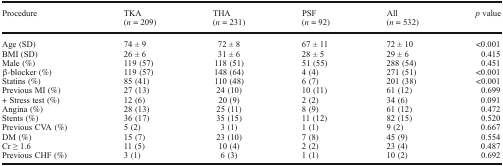
| Procedure | TKA(n = 209) | THA(n = 231) | PSF(n = 92) | All(n = 532) | p value |
 | --- | --- | --- | --- | --- | --- |
 | Age (SD) | 74 ± 9 | 72 ± 8 | 67 ± 11 | 72 ± 10 | <0.001 |
 | BMI (SD) | 26 ± 6 | 31 ± 6 | 28 ± 5 | 29 ± 6 | 0.415 |
 | Male (%) | 119 (57) | 118 (51) | 51 (55) | 288 (54) | 0.451 |
 | β-blocker (%) | 119 (57) | 148 (64) | 4 (4) | 271 (51) | <0.001 |
 | Statins (%) | 85 (41) | 110 (48) | 6 (7) | 201 (38) | <0.001 |
 | Previous MI (%) | 27 (13) | 24 (10) | 10 (11) | 61 (12) | 0.699 |
 | + Stress test (%) | 12 (6) | 20 (9) | 2 (2) | 34 (6) | 0.091 |
 | Angina (%) | 28 (13) | 25 (11) | 8 (9) | 61 (12) | 0.472 |
 | Stents (%) | 36 (17) | 35 (15) | 11 (12) | 82 (15) | 0.520 |
 | Previous CVA (%) | 5 (2) | 3 (1) | 1 (1) | 9 (2) | 0.667 |
 | DM (%) | 15 (7) | 23 (10) | 7 (8) | 45 (9) | 0.554 |
 | Cr ≥ 1.6 | 11 (5) | 10 (4) | 2 (2) | 23 (4) | 0.487 |
 | Previous CHF (%) | 3 (1) | 6 (3) | 1 (1) | 10 (2) | 0.692 |